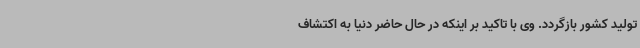
تولید کشور بازگردد. وی با تاکید بر اینکه در حال حاضر دنیا به اکتشاف